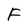
Character: F